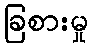
ခြစားမှု